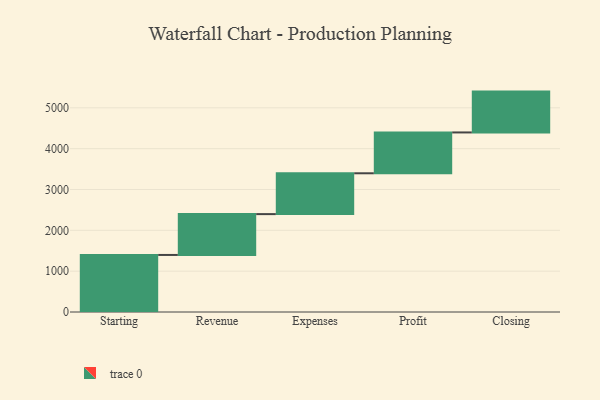
{"axis": {"x": "Step", "y": "Value"}, "legend": [""], "data": [{"x": "Starting", "y": 1397.0, "type": ""}, {"x": "Revenue", "y": 1000, "type": ""}, {"x": "Expenses", "y": 1000, "type": ""}, {"x": "Profit", "y": 1000, "type": ""}, {"x": "Closing", "y": 1000, "type": ""}]}